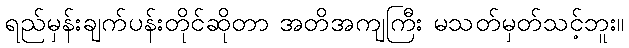
ရည်မှန်းချက်ပန်းတိုင်ဆိုတာ အတိအကျကြီး မသတ်မှတ်သင့်ဘူး။